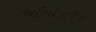
અભિસારિકા